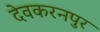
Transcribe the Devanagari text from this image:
देवकरनपुर